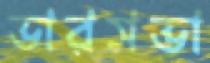
ভারসভা